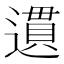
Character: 遦